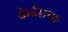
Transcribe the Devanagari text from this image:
केईएफ